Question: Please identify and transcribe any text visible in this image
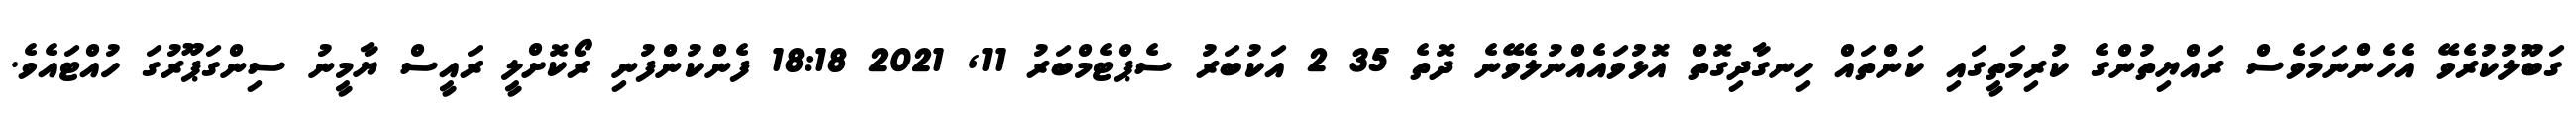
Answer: ގަބޫލުކުރެވޭ އެހެންނަމަވެސް ރައްޔިތުންގެ ކުރިމަތީގައި ކަންތައް ހިނގާދިގޮތް އޮޅުވައެއްނުލެވޭނެ ދޮތެ 35 2 އަކުބަރު ސެޕްޓެމްބަރު 11, 2021 18:18 ފެންކުންފުނި ރޯކޮށްލީ ރައީސް ޔާމީނު ސިންގަޕޫރުގަ ހުއްޓައެވެ.